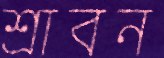
শ্রাবন